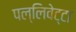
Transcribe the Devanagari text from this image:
पल्लिवेट्टा